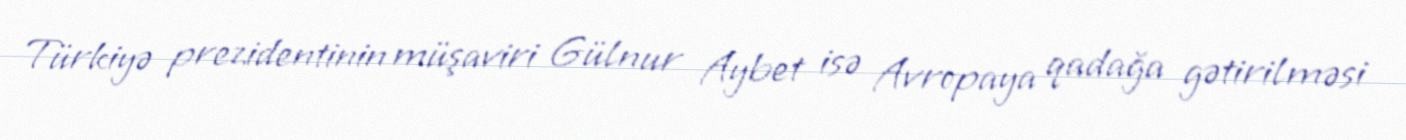
Türkiyə prezidentinin müşaviri Gülnur Aybet isə Avropaya qadağa gətirilməsi